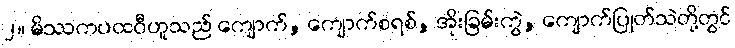
၂။ မိဿကပထဝီဟူသည် ကျောက်, ကျောက်စရစ်, အိုးခြမ်းကွဲ, ကျောက်ပြုတ်သဲတို့တွင်